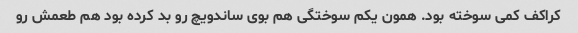
کراکف کمی سوخته بود. همون یکم سوختگی هم بوی ساندویچ رو بد کرده بود هم طعمش رو